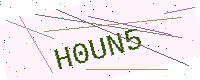
Text: H0UN5